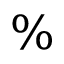
\%